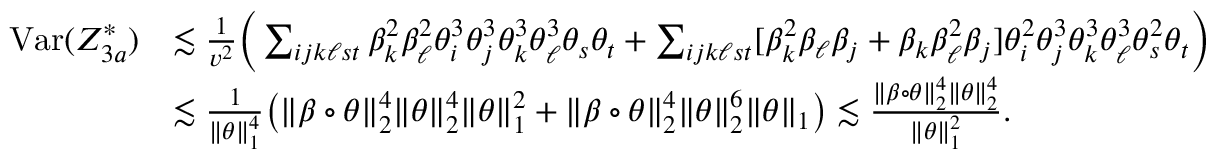
\begin{array} { r l } { \mathrm { V a r } ( Z _ { 3 a } ^ { * } ) } & { \lesssim \frac { 1 } { v ^ { 2 } } \bigg ( \sum _ { i j k \ell s t } \beta _ { k } ^ { 2 } \beta _ { \ell } ^ { 2 } \theta _ { i } ^ { 3 } \theta _ { j } ^ { 3 } \theta _ { k } ^ { 3 } \theta _ { \ell } ^ { 3 } \theta _ { s } \theta _ { t } + \sum _ { i j k \ell s t } [ \beta _ { k } ^ { 2 } \beta _ { \ell } \beta _ { j } + \beta _ { k } \beta _ { \ell } ^ { 2 } \beta _ { j } ] \theta _ { i } ^ { 2 } \theta _ { j } ^ { 3 } \theta _ { k } ^ { 3 } \theta _ { \ell } ^ { 3 } \theta _ { s } ^ { 2 } \theta _ { t } \bigg ) } \\ & { \lesssim \frac { 1 } { \| \theta \| _ { 1 } ^ { 4 } } \big ( \| \beta \circ \theta \| _ { 2 } ^ { 4 } \| \theta \| _ { 2 } ^ { 4 } \| \theta \| _ { 1 } ^ { 2 } + \| \beta \circ \theta \| _ { 2 } ^ { 4 } \| \theta \| _ { 2 } ^ { 6 } \| \theta \| _ { 1 } \big ) \lesssim \frac { \| \beta \circ \theta \| _ { 2 } ^ { 4 } \| \theta \| _ { 2 } ^ { 4 } } { \| \theta \| _ { 1 } ^ { 2 } } . } \end{array}